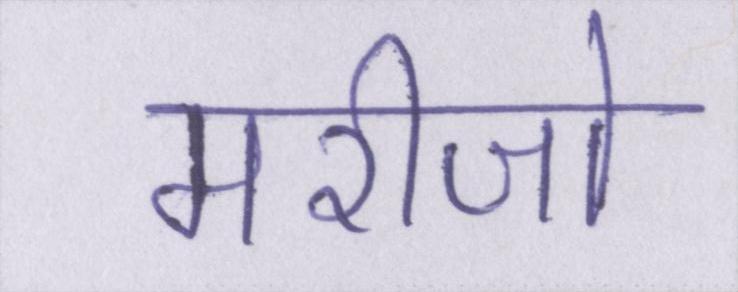
मरीजो